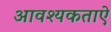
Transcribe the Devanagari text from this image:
आवश्यकताऐ